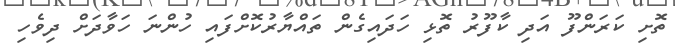
ތޮށި ކަރަންފޫ އަދި ކާފޫރު ތޮޅި ހަދައިގެން ތައްޔާރުކޮށްފައި ހުންނަ ހަވާދަށް ދިވެހި